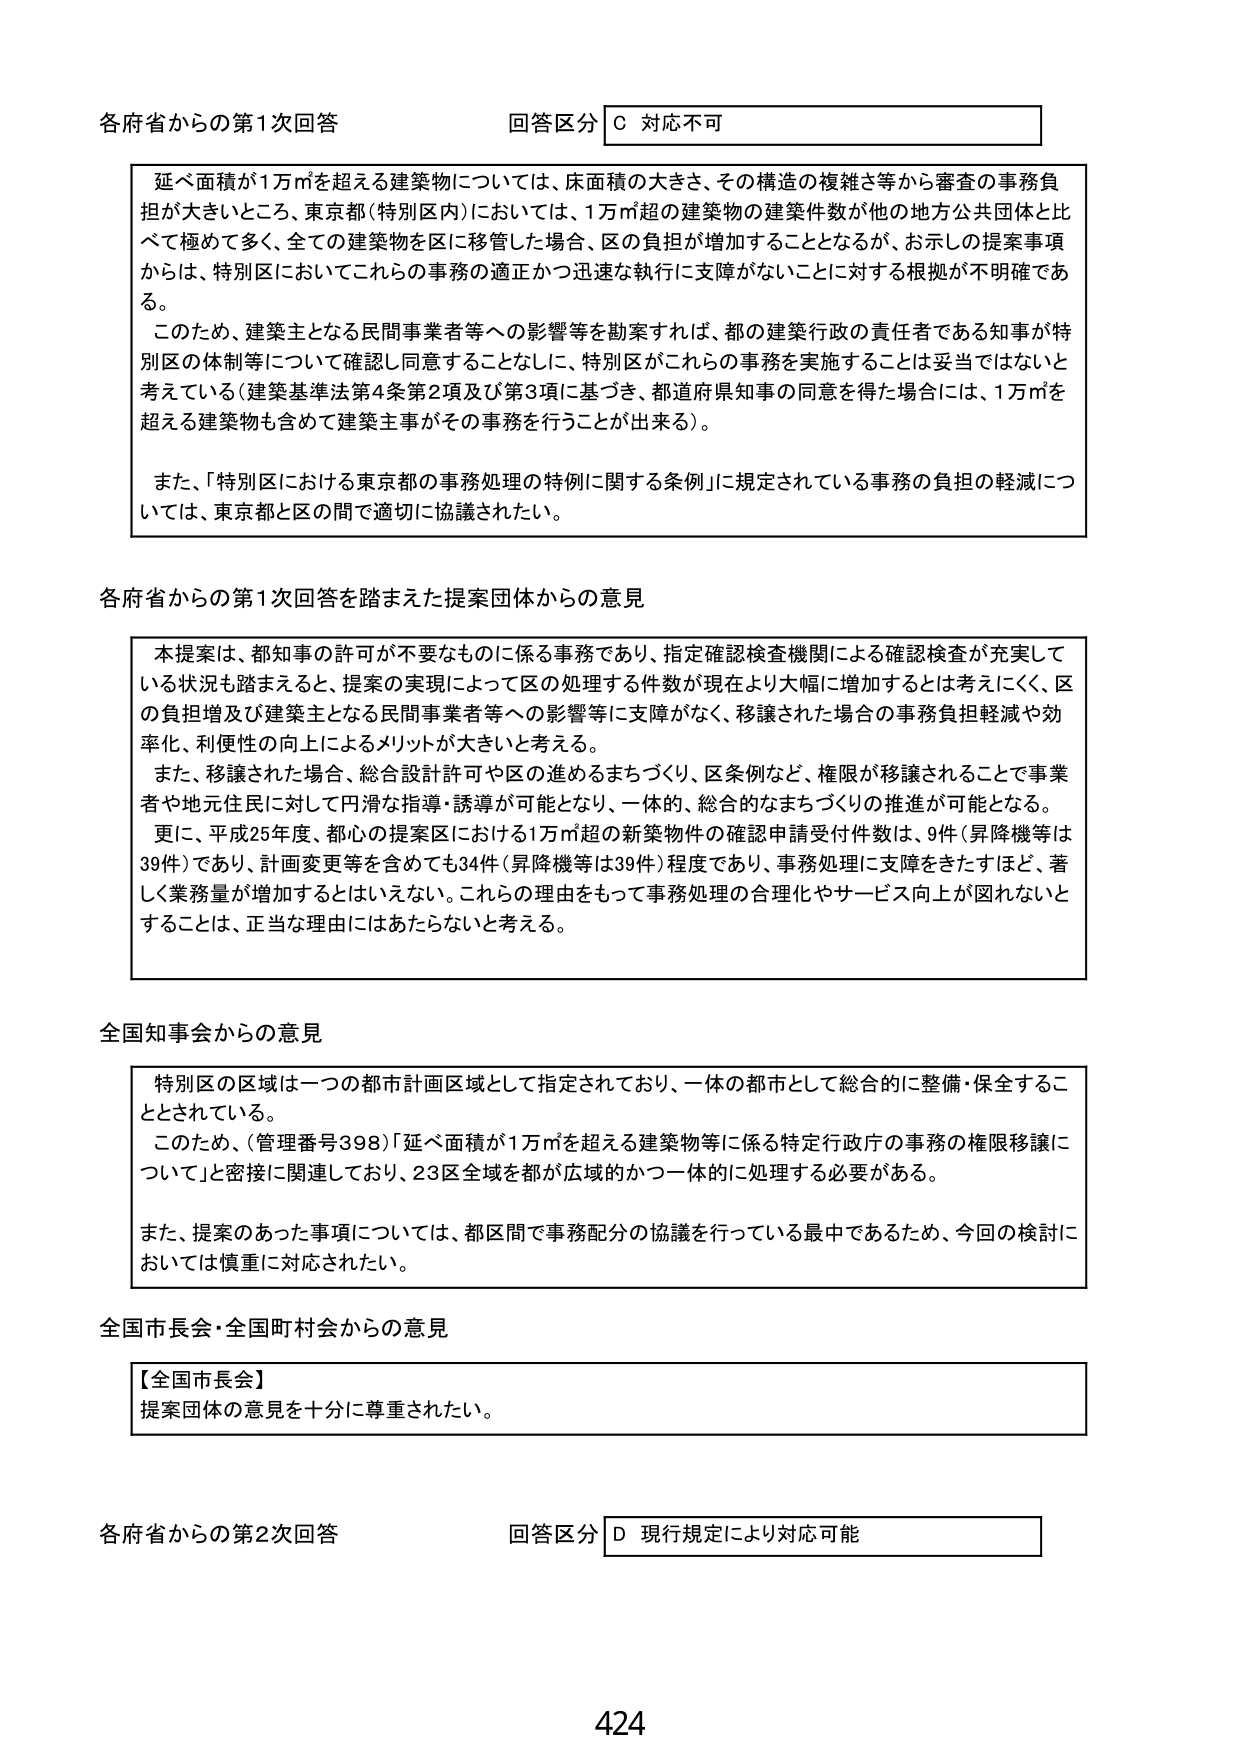
各府省からの第1次回答 回答区分 C 対応不可

延べ面積が1万㎡を超える建築物については、床面積の大きさ、その構造の複雑さ等から審査の事務負担が大きいところ、東京都（特別区内）においては、1万㎡超の建築物の建築件数が他の地方公共団体と比べて極めて多く、全ての建築物を区に移管した場合、区の負担が増加することとなるが、お示しの提案事項からは、特別区においてこれらの事務の適正かつ迅速な執行に支障がないことに対する根拠が不明確である。

このため、建築主となる民間事業者等への影響等を勘案すれば、都の建築行政の責任者である知事が特別区の体制等について確認し同意することなしに、特別区がこれらの事務を実施することは妥当ではないと考えている（建築基準法第4条第2項及び第3項に基づき、都道府県知事の同意を得た場合には、1万㎡を超える建築物も含めて建築主がその事務を行うことが出来る）。

また、「特別区における東京都の事務処理の特例に関する条例」に規定されている事務の負担の軽減については、東京都と区の間で適切に協議されたい。

各府省からの第1次回答を踏まえた提案団体からの意見

本提案は、都知事の許可が不要なものに係る事務であり、指定確認検査機関による確認検査が充実している状況も踏まえると、提案の実現によって区の処理する件数が現在より大幅に増加するとは考えにくく、区の負担増及び建築主となる民間事業者等への影響等に支障がなく、移譲された場合の事務負担軽減や効率化、利便性の向上によるメリットが大きいと考える。

また、移譲された場合、総合設計許可や区の進めるまちづくり、区条例など、権限が移譲されることで事業者や地元住民に対して円滑な指導・誘導が可能となり、一体的、総合的なまちづくりの推進が可能となる。

更に、平成25年度、都心の提案区における1万㎡超の新築物件の確認申請受付件数は、9件（昇降機等は39件）であり、計画変更等を含めても34件（昇降機等は39件）程度であり、事務処理に支障をきたすほど、著しく業務量が増加するとはいえない。これらの理由をもって事務処理の合理化やサービス向上が図れないとするることは、正当な理由にはあたらないと考える。

全国知事会からの意見

特別区の区域は一つの都市計画区域として指定されており、一体の都市として総合的に整備・保全することとされている。

このため、（管理番号398）「延べ面積が1万㎡を超える建築物等に係る特定行政庁の事務の権限移譲について」と密接に関連しており、23区全域を都が広域的かつ一体的に処理する必要がある。

また、提案のあった事項については、都区間で事務配分の協議を行っている最中であるため、今回の検討においては慎重に対応されたい。

全国市長会・全国町村会からの意見

【全国市長会】
提案団体の意見を十分に尊重されたい。

各府省からの第2次回答 回答区分 D 現行規定により対応可能

424